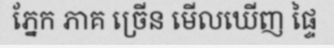
ភ្នែក ភាគ ច្រើន មើលឃើញ ផ្ទៃ